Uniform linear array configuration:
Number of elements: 48
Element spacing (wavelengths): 0.25
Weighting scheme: hann
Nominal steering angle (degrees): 60
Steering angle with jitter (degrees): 58.798
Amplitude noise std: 0.05
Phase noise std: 0.05

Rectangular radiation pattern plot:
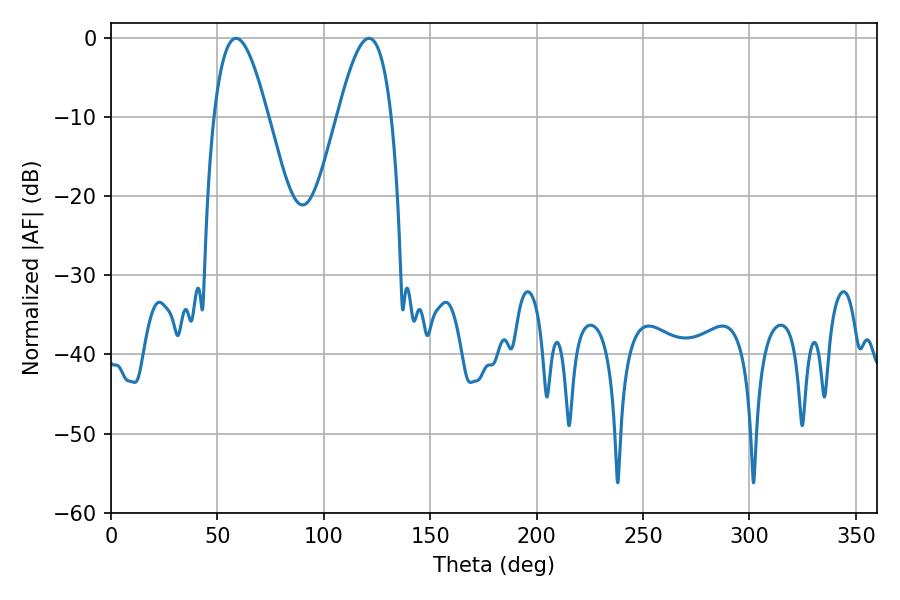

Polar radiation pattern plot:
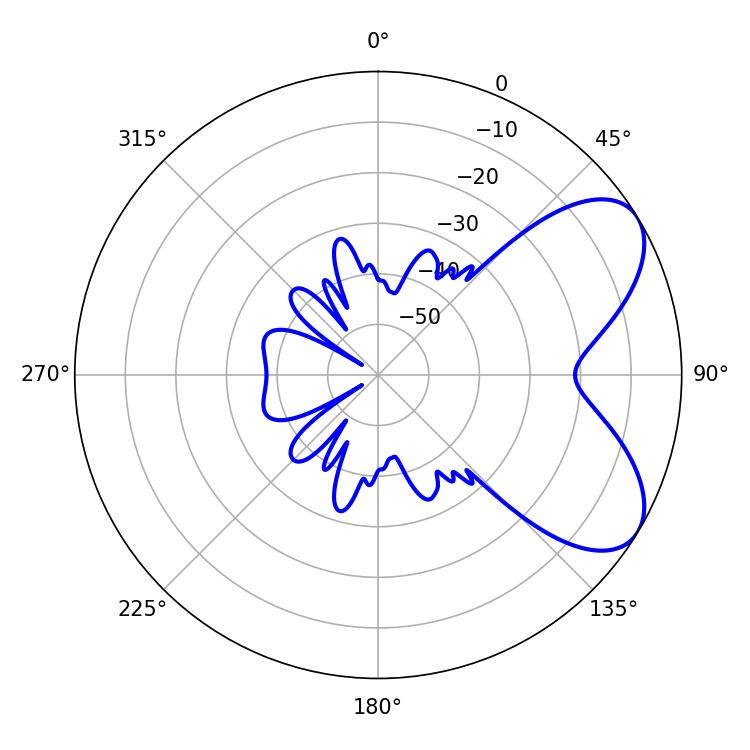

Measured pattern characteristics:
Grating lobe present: FALSE
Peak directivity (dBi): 6.44
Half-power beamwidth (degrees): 13.86
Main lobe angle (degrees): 58.68